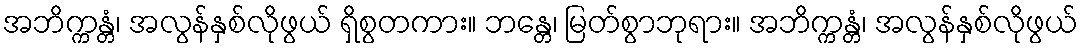
အဘိက္ကန္တံ၊ အလွန်နှစ်လိုဖွယ် ရှိစွတကား။ ဘန္တေ၊ မြတ်စွာဘုရား။ အဘိက္ကန္တံ၊ အလွန်နှစ်လိုဖွယ်